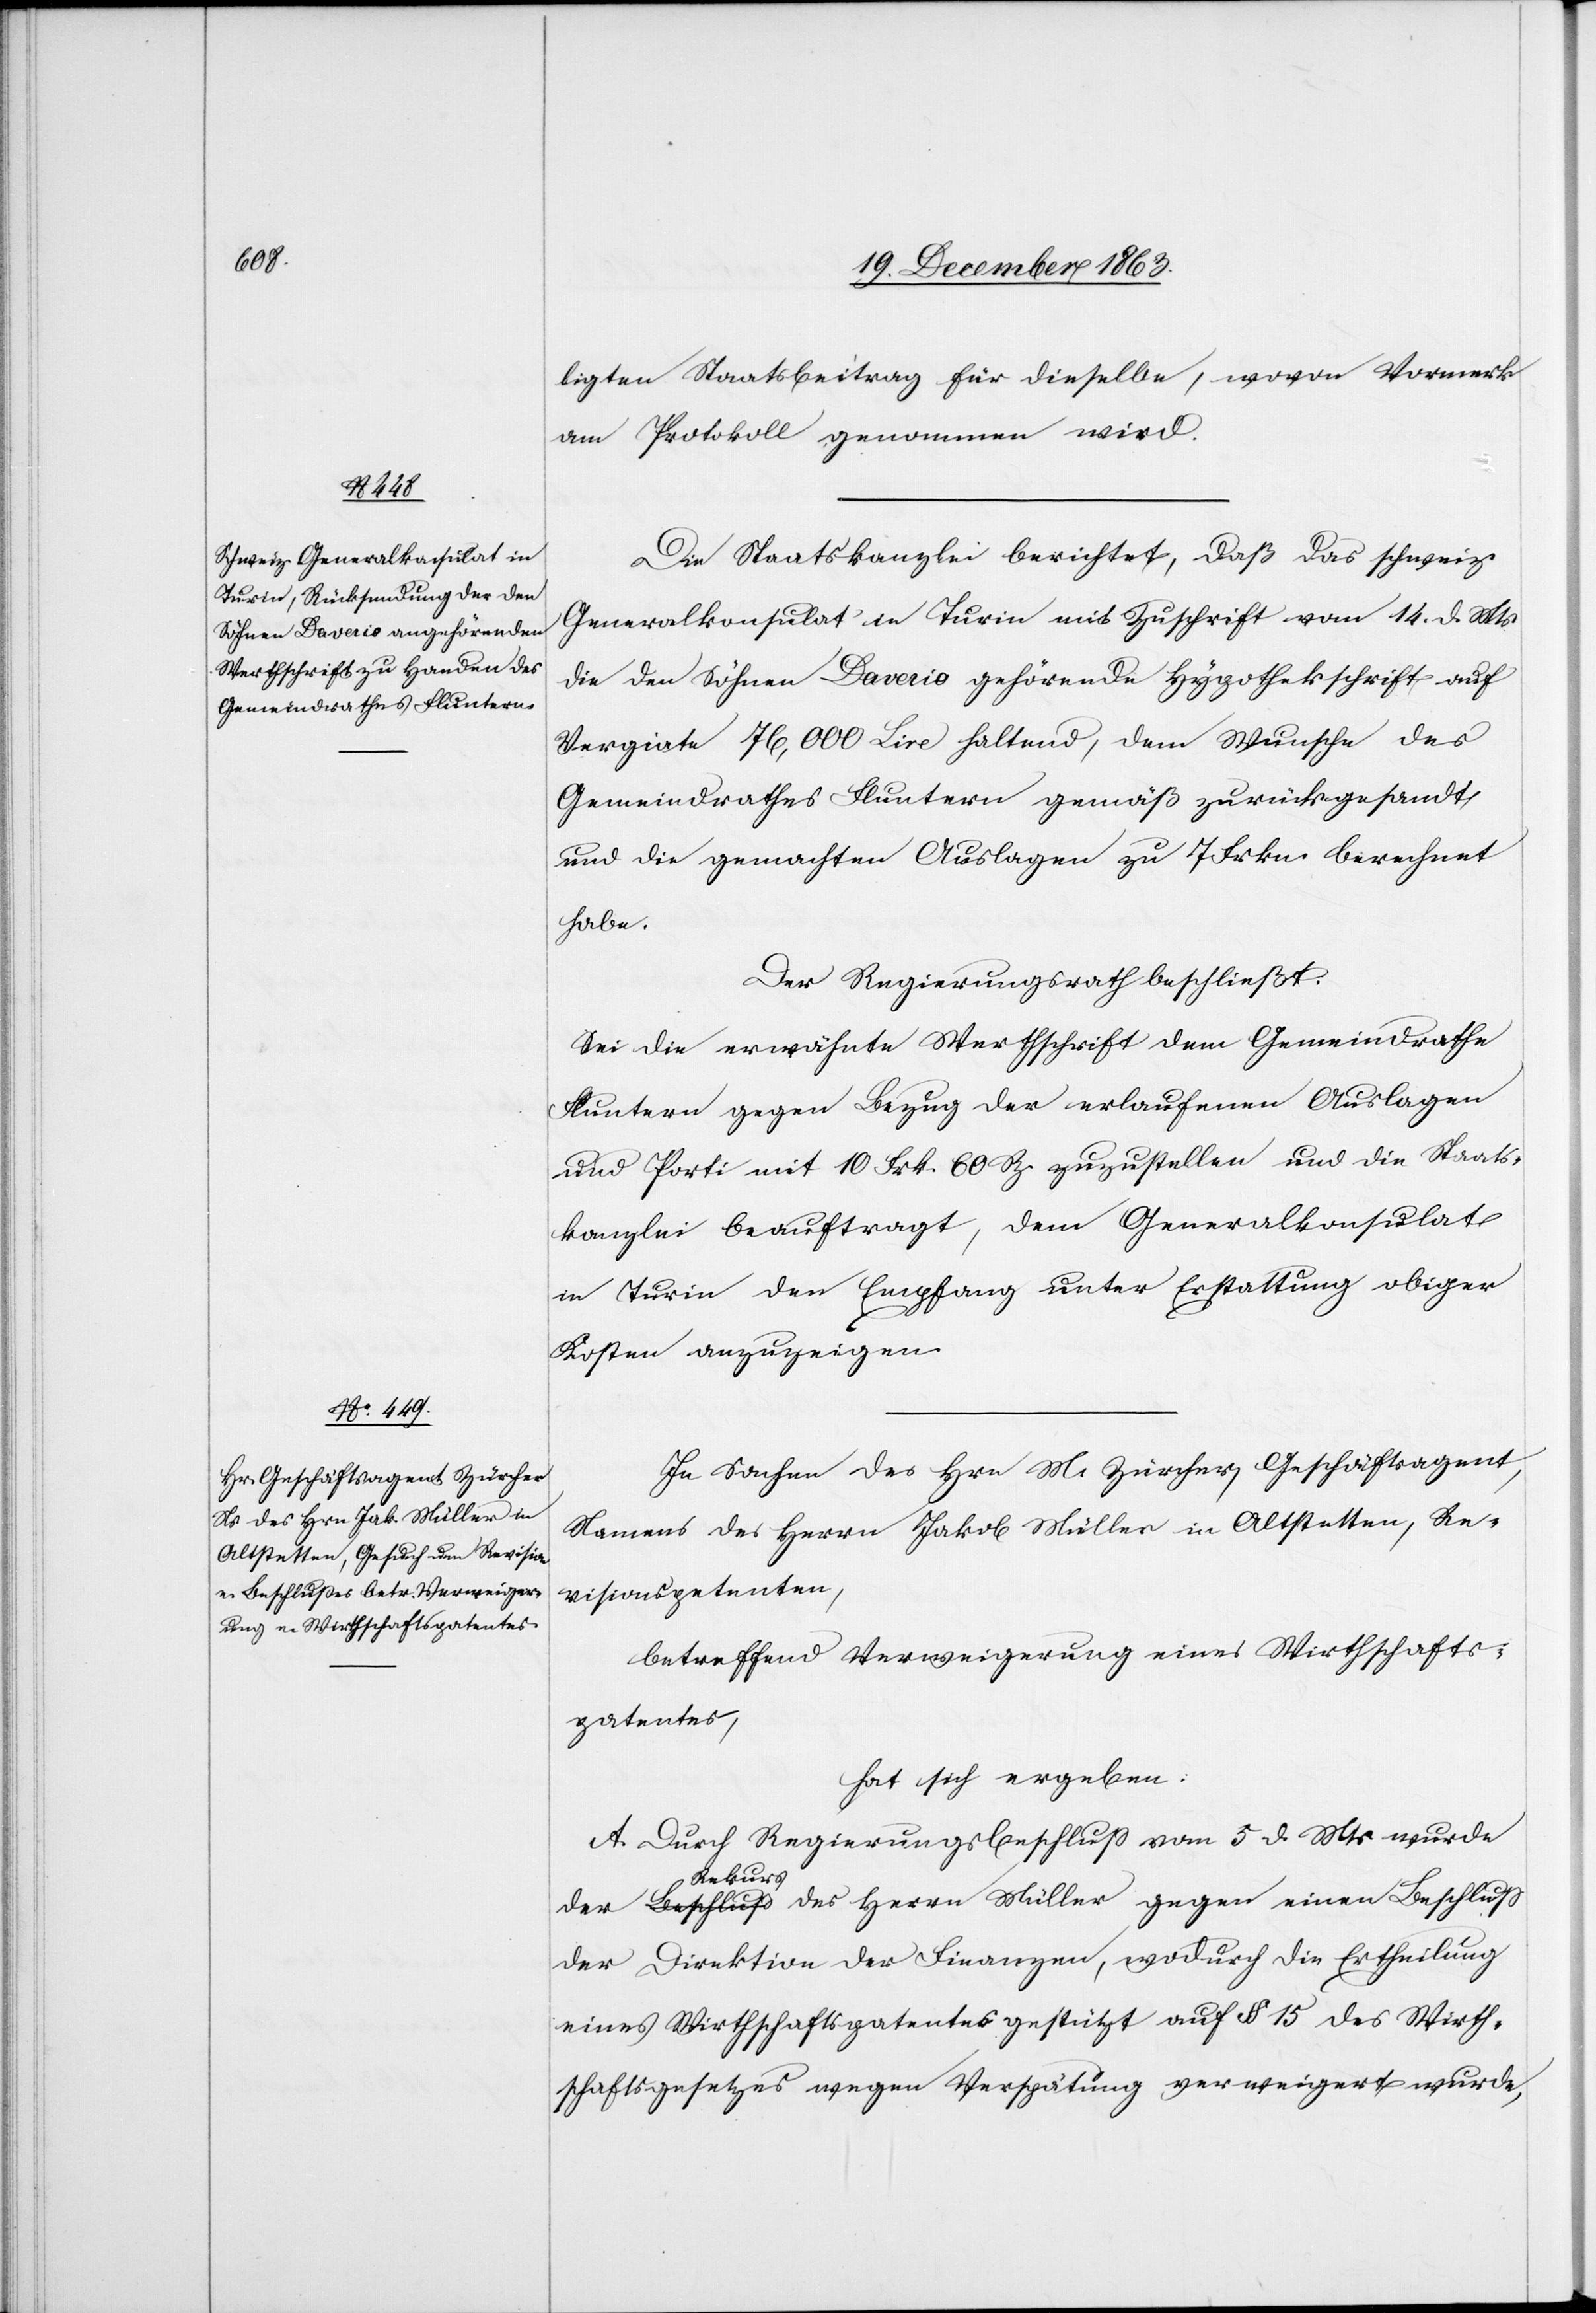
ligten Staatsbeitrag für dieselbe, wovon Vormerk
am Protokoll genommen wird.
Die Staatskanzlei berichtet, daß das schweiz.
Generalkonsulat in Turin mit Zuschrift vom 14. d. Mts.
die den Söhnen Daverio gehörende Hypothekschrift auf
Vergiate 76,000 Lire haltend, dem Wunsche des
Gemeindrathes Fluntern gemäß zurückgesandt
und die gemachten Auslagen zu 7 Frkn. berechnet
habe.
Der Regierungsrath beschließt:
Sei die erwähnte Werthschrift dem Gemeindrathe
Fluntern gegen Bezug der erlaufenen Auslagen
und Porti mit 10 Frk. 60 Rp. zuzustellen und die Staats¬
kanzlei beauftragt, dem Generalkonsulat
in Turin den Empfang unter Erstattung obiger
Kosten anzuzeigen.
In Sachen des Hrn M. Zürcher, Geschäftsagent,
Namens des Herrn Jakob Müller in Altstetten, Re¬
visionspetenten,
betreffend Verweigerung eines Wirthschafts¬
patentes,
hat sich ergeben:
A. Durch Regierungsbeschluss vom 5. d. Mts. wurde
Rekurs
der Direktion der Finanzen, wodurch die Ertheilung
eines Wirthschaftspatentes gestützt auf § 15 des Wirth¬
schaftsgesetzes wegen Verspätung verweigert wurde,